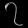
Digit: ၇